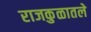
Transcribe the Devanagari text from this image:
राजकुळातले